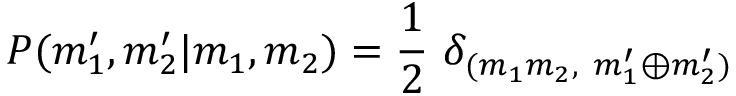
P ( m _ { 1 } ^ { \prime } , m _ { 2 } ^ { \prime } \vert m _ { 1 } , m _ { 2 } ) = \frac { 1 } { 2 } ~ \delta _ { ( m _ { 1 } m _ { 2 } , ~ m _ { 1 } ^ { \prime } \oplus m _ { 2 } ^ { \prime } ) }